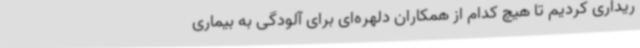
ریداری کردیم تا هیچ کدام از همکاران دلهره‌ای برای آلودگی به بیماری